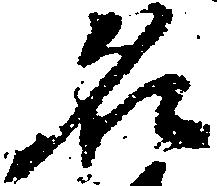
名